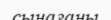
сынағаны